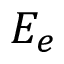
E _ { e }